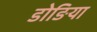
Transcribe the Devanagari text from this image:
डोङिया